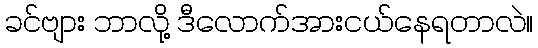
ခင်ဗျား ဘာလို့ ဒီလောက်အားငယ်နေရတာလဲ။